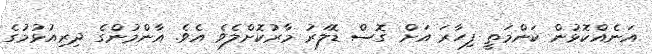
އަނެއްކޮޅުން ކަންމަތީީ ފިހާރަ އަށް ގޮސް ޑޮލަރު މާރުކޮށްލެވެ އެވެ. އާންމުންގެ ދިރިއުޅުމުގެ